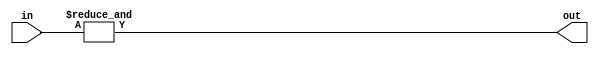
module and32(
in ,
out
);

//input ports
input [31:0] in;

//output ports
output out;

//internal variable
wire [31:0] in;
reg out;

//code
always @ (in)
begin: AND32
out = &in;
end
	
endmodule